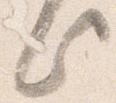
此